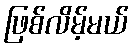
ဖြစ်လိမ့်မယ်